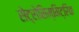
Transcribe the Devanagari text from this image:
सेट्रोसिम्मिट्रिक